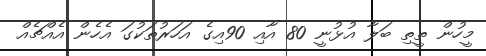
މީހުން ތީތި ބަލާ އުޅުނީ 80 އާއި 90އިގެ އަހަރުތަކުގަ އެހެން އެއްޗެއް